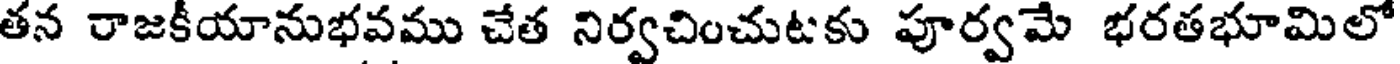
తన రాజకీయానుభవము చేత నిర్వచించుటకు పూర్వమే భరతభూమిలో